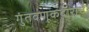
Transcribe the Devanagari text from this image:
गुंतवणूकदारांचे